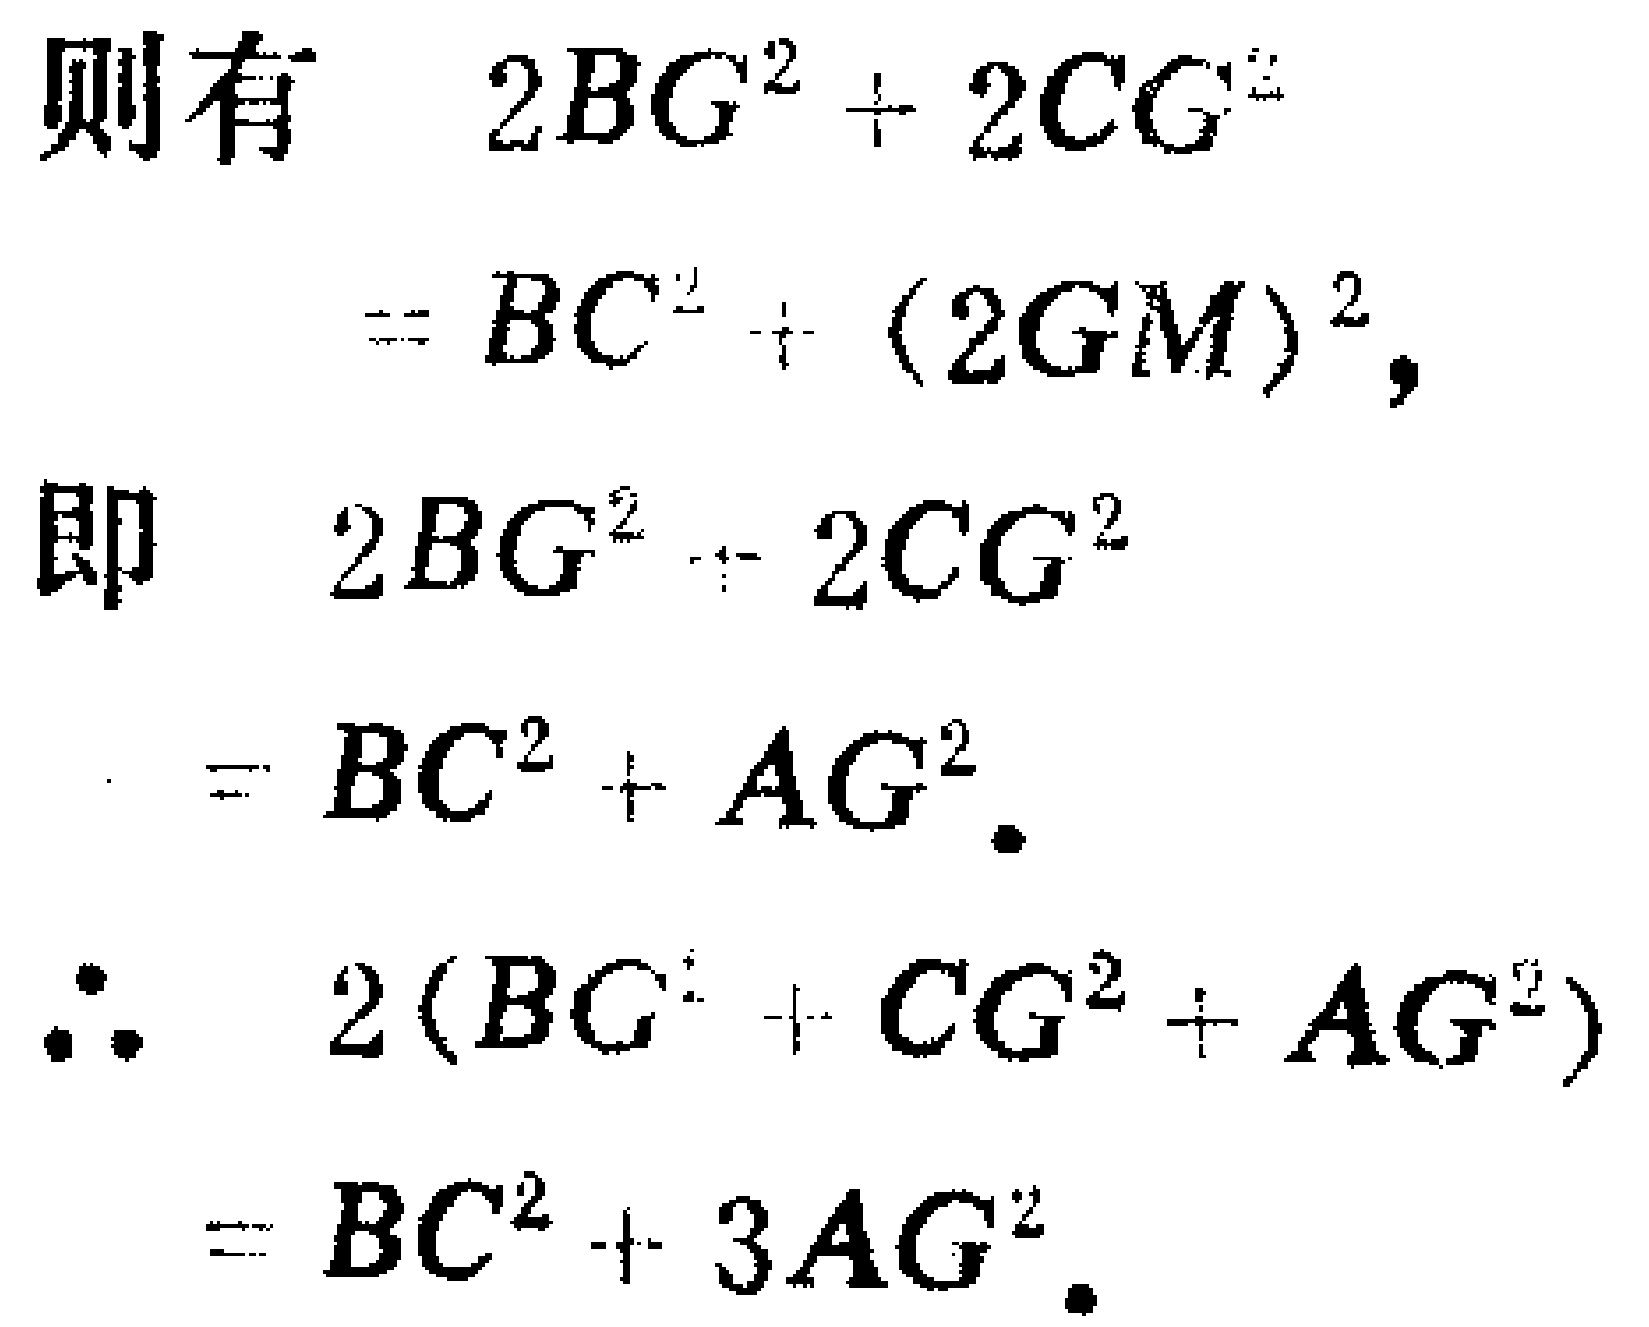
则有
\[
\begin{align*}
2BG^{2}+2CG^{2}&=BC^{2}+(2GM)^{2},\\
\end{align*}
\]
即
\[
\begin{align*}
2BG^{2}+2CG^{2}&=BC^{2}+AG^{2}.\\
\end{align*}
\]
\[
\begin{align*}
\therefore\quad 2(BG^{2}+CG^{2}+AG^{2})&=BC^{2}+3AG^{2}.\\
\end{align*}
\]